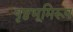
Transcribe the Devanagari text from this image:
पृष्ठभूमिरूप